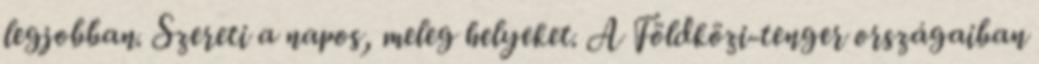
legjobban. Szereti a napos, meleg helyeket. A Földközi-tenger országaiban